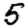
Digit: 5